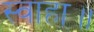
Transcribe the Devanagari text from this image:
स्वाहा॥